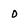
Character: o